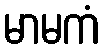
မာမကံ